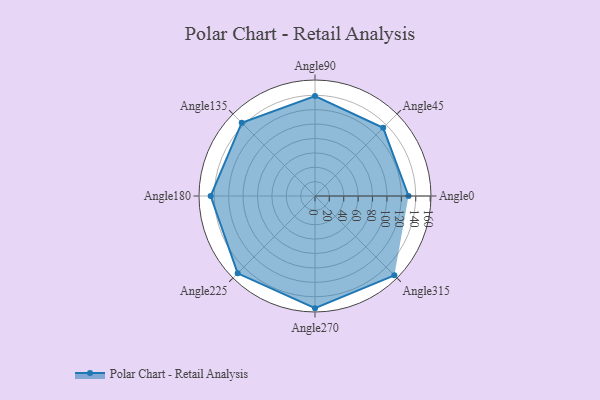
{"axis": {"x": "Angle", "y": "Radius"}, "legend": [""], "data": [{"x": "Angle0", "y": 130.0, "type": ""}, {"x": "Angle45", "y": 134.0, "type": ""}, {"x": "Angle90", "y": 139.0, "type": ""}, {"x": "Angle135", "y": 144.0, "type": ""}, {"x": "Angle180", "y": 145.0, "type": ""}, {"x": "Angle225", "y": 152.0, "type": ""}, {"x": "Angle270", "y": 156.0, "type": ""}, {"x": "Angle315", "y": 156.0, "type": ""}]}